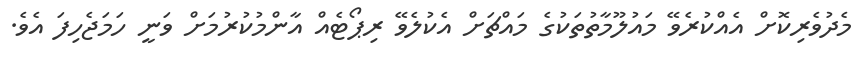
މެދުވެރިކޮށް އެއްކުރެވޭ މައުލޫމާތުތަކުގެ މައްޗަށް އެކުލެވޭ ރިޕޯޓެއް އާންމުކުރުމަށް ވަނީ ހަމަޖެހިފަ އެވެ.